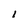
Character: l